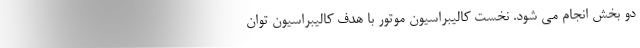
دو بخش انجام می شود. نخست کالیبراسیون موتور با هدف کالیبراسیون توان